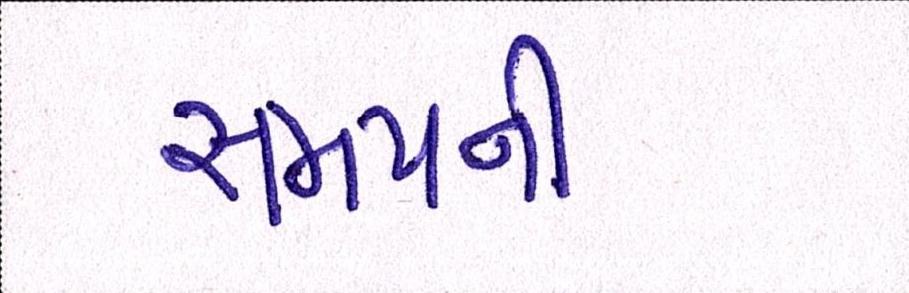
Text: સમયની